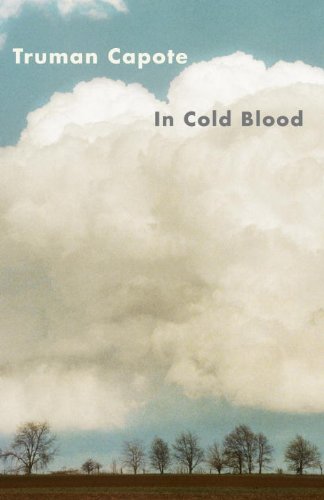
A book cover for In Cold Blood; Truman Capote; Literature & Fiction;